Indian journal of veterinary science and animal husbandry - Volume 13,
Year: 1943
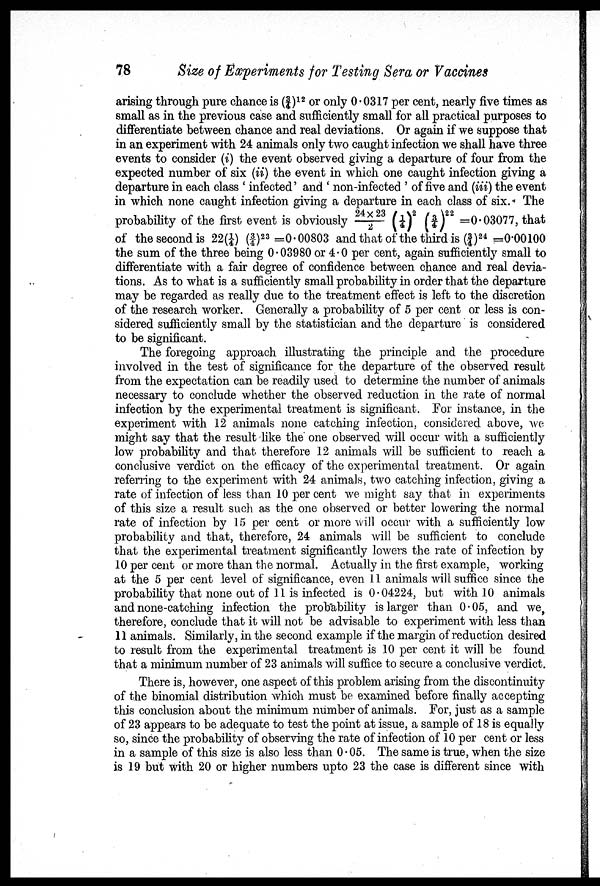
78
Size of Experiments for Testing Sera or Vaccines
arising through pure chance is (¾) 12 or only 0.0317 per cent, nearly five times as
small as in the previous case and sufficiently small for all practical purposes to
differentiate between chance and real deviations. Or again if we suppose that
in an experiment with 24 animals only two caught infection we shall have three
events to consider (i) the event observed giving a departure of four from the
expected number of six (ii) the event in which one caught infection giving a
departure in each class ' infected' and ' non-infected ' of five and (iii) the event
in which none caught infection giving a departure in each class of six. The
probability of the first event is obviously 24×23/2 (1/4) 2 (¾) 22 =0.03077, that
of the second is 22(¼) (¾) 23 =0.00803 and that of the third is (¾) 24 =0.00100
the sum of the three being 0.03980 or 4.0 per cent, again sufficiently small to
differentiate with a fair degree of confidence between chance and real devia-
tions. As to what is a sufficiently small probability in order that the departure
may be regarded as really due to the treatment effect is left to the discretion
of the research worker. Generally a probability of 5 per cent or less is con-
sidered sufficiently small by the statistician and the departure is considered
to be significant.
The foregoing approach illustrating the principle and the procedure
involved in the test of significance for the departure of the observed result
from the expectation can be readily used to determine the number of animals
necessary to conclude whether the observed reduction in the rate of normal
infection by the experimental treatment is significant. For instance, in the
experiment with 12 animals none catching infection, considered above, we
might say that the result like the one observed will occur with a sufficiently
low probability and that therefore 12 animals will be sufficient to reach a
conclusive verdict on the efficacy of the experimental treatment. Or again
referring to the experiment with 24 animals, two catching infection, giving a
rate of infection of less than 10 per cent we might say that in experiments
of this size a result such as the one observed or better lowering the normal
rate of infection by 15 per cent or more will occur with a sufficiently low
probability and that, therefore, 24 animals will be sufficient to conclude
that the experimental treatment significantly lowers the rate of infection by
10 per cent or more than the normal. Actually in the first example, working
at the 5 per cent level of significance, even 11 animals will suffice since the
probability that none out of 11 is infected is 0.04224, but with 10 animals
and none-catching infection the probability is larger than 0.05, and we,
therefore, conclude that it will not be advisable to experiment with less than
11 animals. Similarly, in the second example if the margin of reduction desired
to result from the experimental treatment is 10 per cent it will be found
that a minimum number of 23 animals will suffice to secure a conclusive verdict.
There is, however, one aspect of this problem arising from the discontinuity
of the binomial distribution which must be examined before finally accepting
this conclusion about the minimum number of animals. For, just as a sample
of 23 appears to be adequate to test the point at issue, a sample of 18 is equally
so, since the probability of observing the rate of infection of 10 per cent or less
in a sample of this size is also less than 0.05. The same is true, when the size
is 19 but with 20 or higher numbers upto 23 the case is different since with